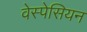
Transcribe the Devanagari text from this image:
वेस्पेसियन